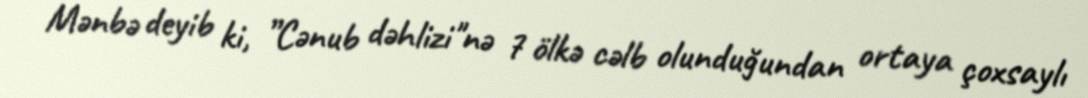
Mənbə deyib ki, ”Cənub dəhlizi"nə 7 ölkə cəlb olunduğundan ortaya çoxsaylı